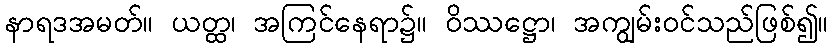
နာရဒအမတ်။ ယတ္ထ၊ အကြင်နေရာ၌။ ဝိဿဋ္ဌော၊ အကျွမ်းဝင်သည်ဖြစ်၍။